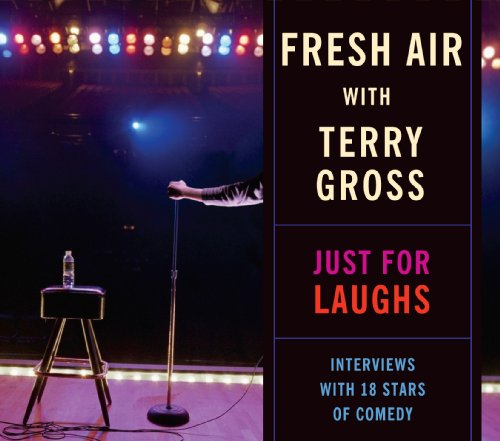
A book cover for Fresh Air with Terry Gross: Just For Laughs; Terry Gross; Humor & Entertainment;